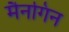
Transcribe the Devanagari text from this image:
मैनगिन